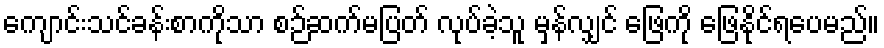
ကျောင်းသင်ခန်းစာကိုသာ စဉ်ဆက်မပြတ် လုပ်ခဲ့သူ မှန်လျှင် ဖြေကို ဖြေနိုင်ရပေမည်။